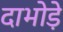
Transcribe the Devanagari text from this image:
दाभोड़े